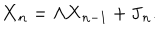
\mathbf { X } _ { n } = \Lambda \mathbf { X } _ { n - 1 } + \mathbf { J } _ { n } .